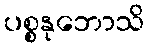
ပစ္စနုဘောသိ